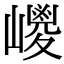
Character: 𡽀